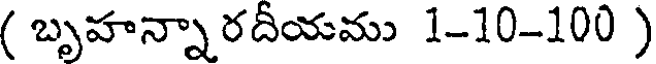
( బృహన్నా రదీయము 1-10-100 )